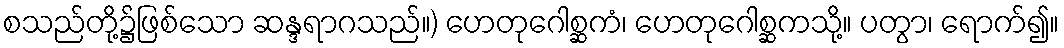
စသည်တို့၌ဖြစ်သော ဆန္ဒရာဂသည်။) ဟေတုဂေါစ္ဆကံ၊ ဟေတုဂေါစ္ဆကသို့။ ပတွာ၊ ရောက်၍။